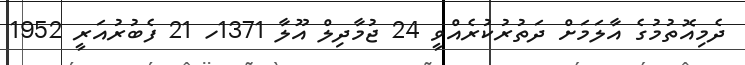
ދެމިއޮތުމުގެ އާލަމަށް ދަތުރުކުރެއްވީ 24 ޖުމާދިލް އޫލާ 1371ހ 21 ފެބުރުއަރީ 1952